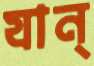
যান্